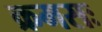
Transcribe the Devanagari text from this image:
क्रमसः